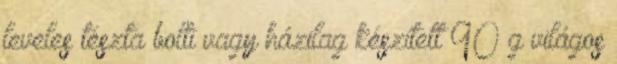
leveles tészta bolti vagy házilag készített 90 g világos